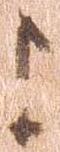
よ